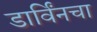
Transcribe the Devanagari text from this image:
डार्विंनचा